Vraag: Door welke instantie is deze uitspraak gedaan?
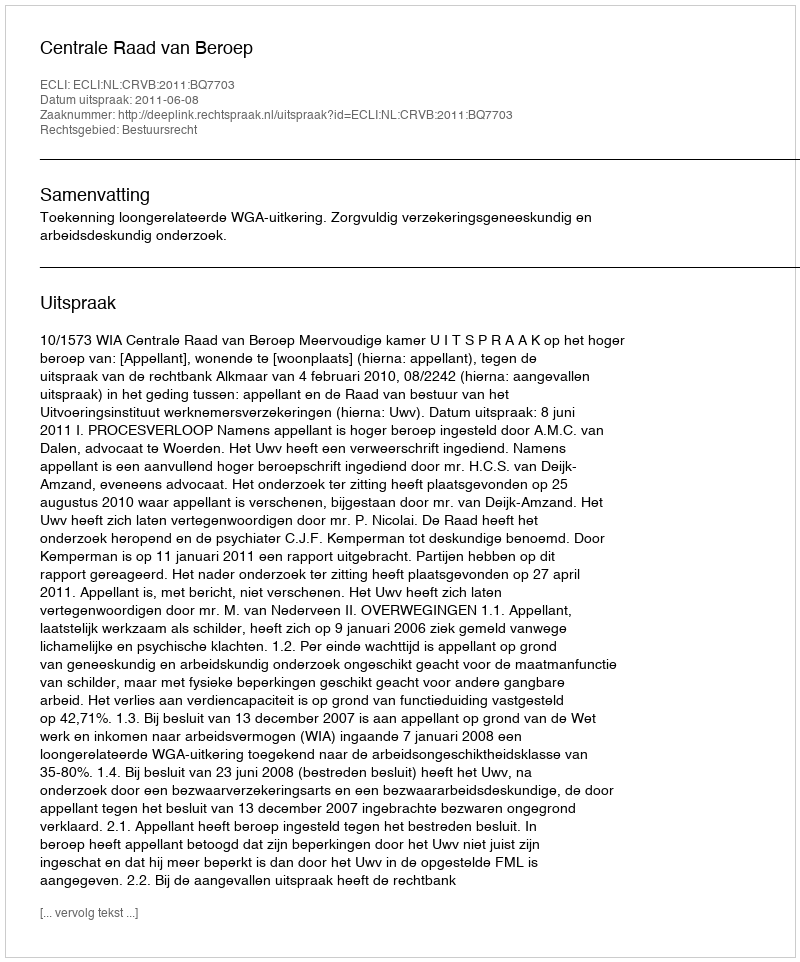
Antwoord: Centrale Raad van Beroep